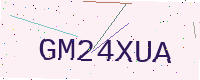
Text: GM24XUA